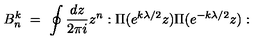
B _ { n } ^ { k } \ = \ \oint { \frac { d z } { 2 \pi i } } z ^ { n } : \Pi ( e ^ { k \lambda / 2 } z ) \Pi ( e ^ { - k \lambda / 2 } z ) :